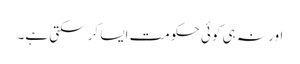
اور نہ ہی کوئی حکومت ایسا کرسکتی ہے۔